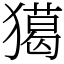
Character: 獦